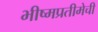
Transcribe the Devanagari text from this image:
भीष्मप्रतीमेची